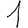
Digit: 1